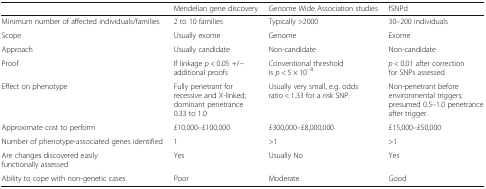
<table><thead><tr><td></td><td><b>Mendelian gene discovery</b></td><td><b>Genome Wide Association studies</b></td><td><b>fSNPd</b></td></tr></thead><tbody><tr><td>Minimum number of affected individuals/families</td><td>2 to 10 families</td><td>Typically &gt;2000</td><td>30–200 individuals</td></tr><tr><td>Scope</td><td>Usually exome</td><td>Genome</td><td>Exome</td></tr><tr><td>Approach</td><td>Usually candidate</td><td>Non-candidate</td><td>Non-candidate</td></tr><tr><td>Proof</td><td>If linkage <i>p</i> &lt; 0.05 +/− additional proofs</td><td>Conventional threshold is <i>p</i> &lt; 5 × 10<sup>−8</sup></td><td><i>p</i> &lt; 0.01 after correction for SNPs assessed</td></tr><tr><td>Effect on phenotype</td><td>Fully penetrant for recessive and X-linked; dominant penetrance 0.33 to 1.0</td><td>Usually very small, e.g. odds ratio &lt; 1.33 for a risk SNP.</td><td>Non-penetrant before environmental triggers; presumed 0.5–1.0 penetrance after trigger.</td></tr><tr><td>Approximate cost to perform</td><td>£10,000–£100,000</td><td>£300,000–£8,000,000</td><td>£15,000–£50,000</td></tr><tr><td>Number of phenotype-associated genes identified</td><td>1</td><td>&gt;1</td><td>&gt;1</td></tr><tr><td>Are changes discovered easily functionally assessed</td><td>Yes</td><td>Usually No</td><td>Yes</td></tr><tr><td>Ability to cope with non-genetic cases</td><td>Poor</td><td>Moderate</td><td>Good</td></tr></tbody></table>